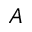
A